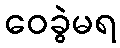
ဝေခွဲမရ